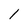
Character: 1